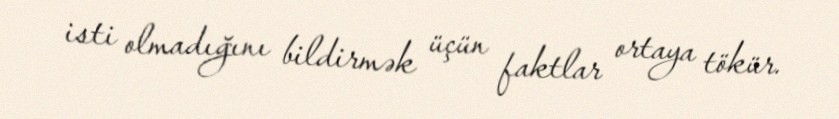
isti olmadığını bildirmək üçün faktlar ortaya tökür.